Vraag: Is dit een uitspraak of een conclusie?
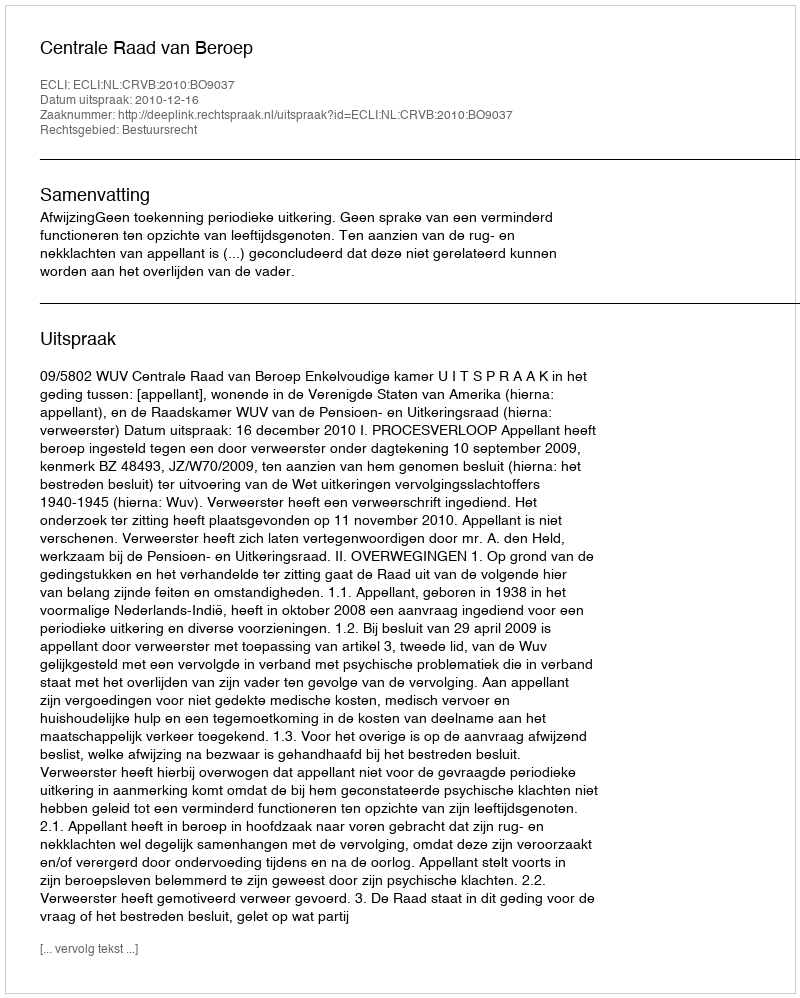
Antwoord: Uitspraak